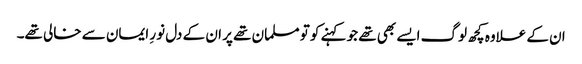
ان کے علاوہ کچھ لوگ ایسے بھی تھے جو کہنے کو تو مسلمان تھے پر ان کے دل نورِ ایمان سے خالی تھے۔